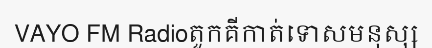
VAYO FM Radioតួកគីកាត់ទោសមនុស្ស